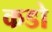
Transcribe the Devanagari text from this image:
कडो